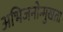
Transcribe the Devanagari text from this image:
अभिजनोन्मुखता